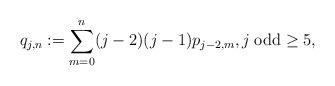
LaTeX: \begin{align*}q_{j,n}:=\sum_{m=0}^{n} (j-2)(j-1)p_{j-2,m}, j\; \textup{odd} \ge 5,\end{align*}